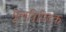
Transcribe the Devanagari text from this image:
मूलत्रिपिटक